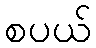
စပယ်